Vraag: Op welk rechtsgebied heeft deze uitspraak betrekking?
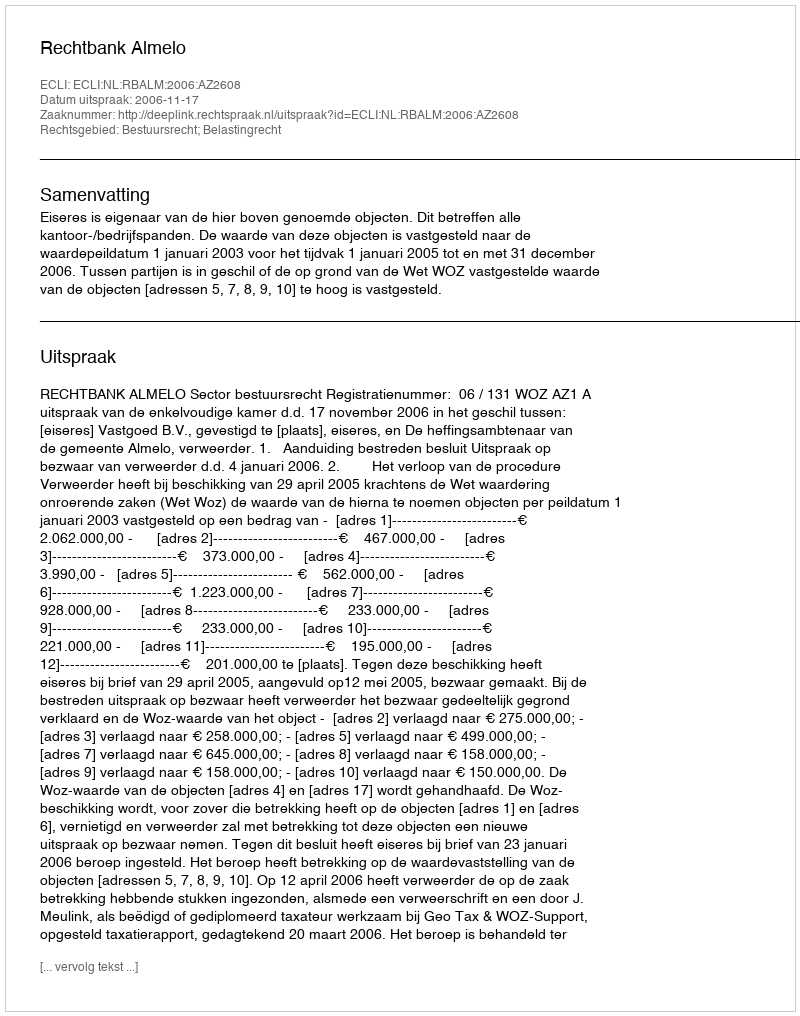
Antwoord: Bestuursrecht; Belastingrecht